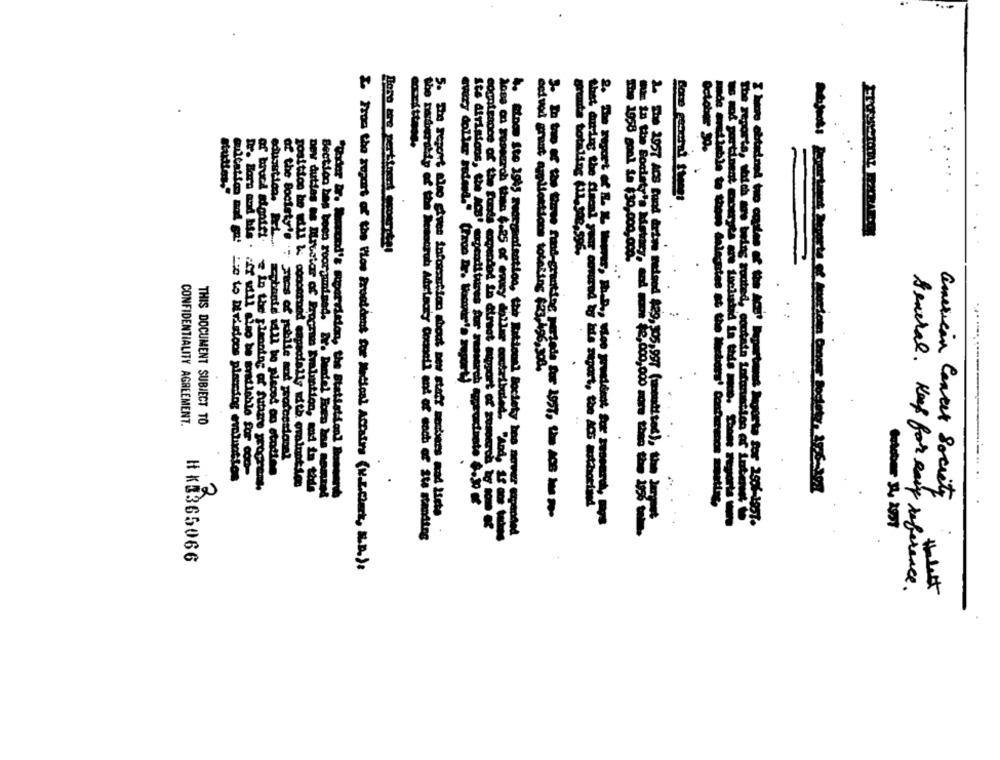
October 90.
Ste divisions, eh
Bons recural Stones
sogntrance of the funds
of bruci alentet.
Dr. Born and bis .
education. PrL .....
Boro are pertinent consyste!
mide mvdlable to thom dalestas
The reports, which are being sooted, ecc
CONFIDENTIALITY AGREEMENT.
THIS DOCUMENT SUBJECT TO
af the Society's : mes of publle and professional
pce to Divindoos pleccing evaluation
in the planning of funme programs,
position be will & concerned especially with orainnties
2
Dev duties os Mistotar of Program Evaluation, mi to the
Bection has been reorgmised. Dr. Andel Boes las semanas
"Under Br. Surrond's supervision, the Statistical Bomwant
american Cancer Society
-------
abership of the Mescoruh Adriecky Connoll and of each ef 216 standing
5. The report also gives information about new staff messers wad isete
HK3365066
I From the rupart of the Pios President for Medical Accetta (v.E.Check, M.D.).
Several. Keep for Ray reference.
theast